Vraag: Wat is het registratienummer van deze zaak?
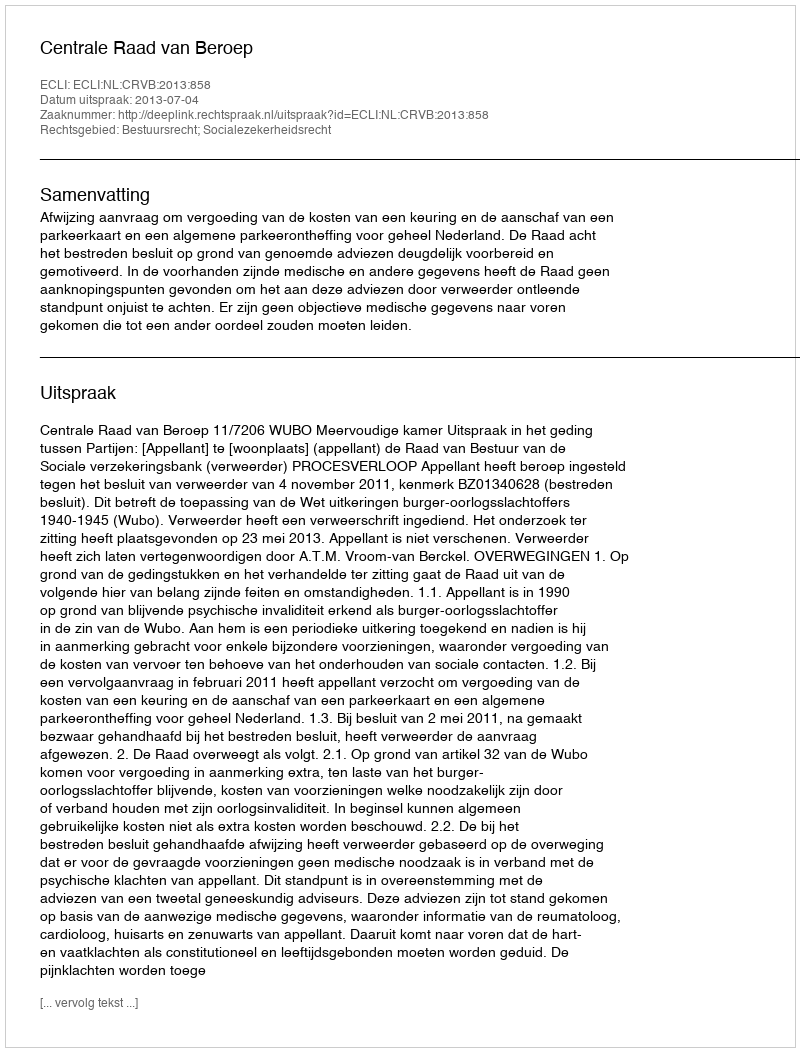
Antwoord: http://deeplink.rechtspraak.nl/uitspraak?id=ECLI:NL:CRVB:2013:858